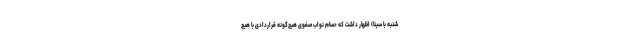
شنبه با سینا) اظهار داشت که حسام نواب صفوی هیچ‌گونه قراردادی با هیچ